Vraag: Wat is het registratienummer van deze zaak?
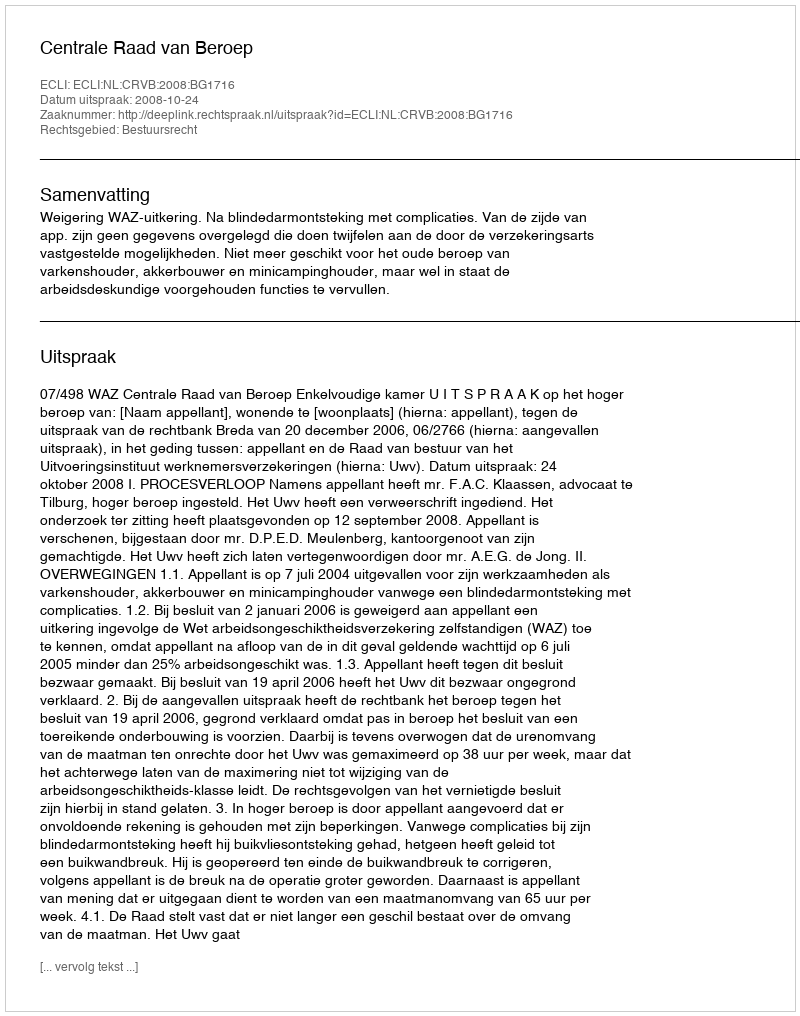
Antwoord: http://deeplink.rechtspraak.nl/uitspraak?id=ECLI:NL:CRVB:2008:BG1716